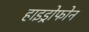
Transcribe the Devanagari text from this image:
हाइड्रोफोन